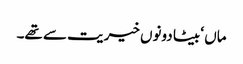
ماں ‘ بیٹا دونوں خیریت سے تھے۔